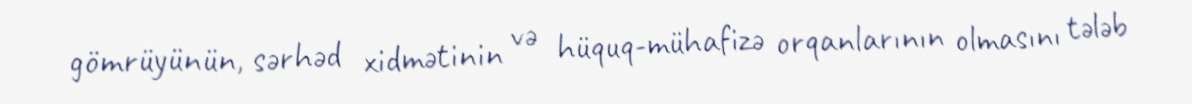
gömrüyünün, sərhəd xidmətinin və hüquq-mühafizə orqanlarının olmasını tələb